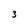
Character: 3